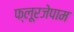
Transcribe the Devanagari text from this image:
फ्लूरजेपाम